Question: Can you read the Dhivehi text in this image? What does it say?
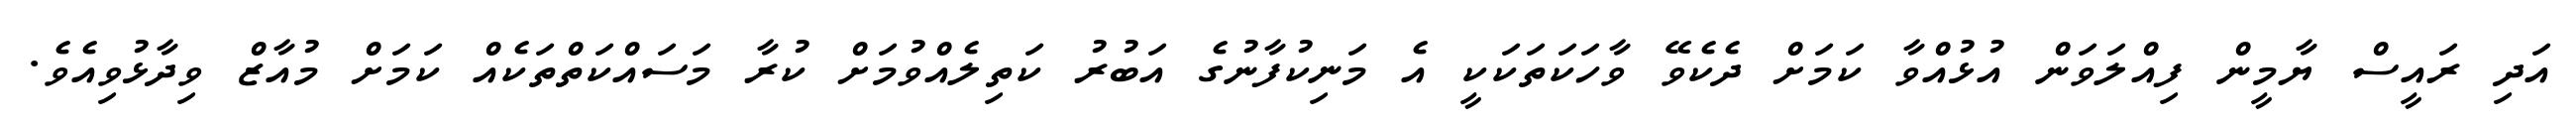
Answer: އަދި ރައީސް ޔާމީން ފިއްލަވަން އުޅުއްވާ ކަމަށް ދެކެވޭ ވާހަކަތަކަކީ އެ މަނިކުފާނުގެ އަބުރު ކަތިލެއްވުމަށް ކުރާ މަސައްކަތްތަކެއް ކަމަށް މުއާޒް ވިދާޅުވިއެވެ.